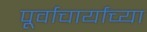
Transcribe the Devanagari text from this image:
पूर्वाचार्यांच्या